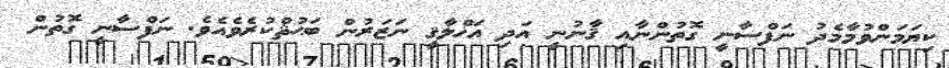
ކިޔަމަންވުމާމެދު ނަފްސާނީ ގޮތުންނާއި ޤާނުނީ އަދި އަޚްލާޤީ ނަޒަރުން ބަޙުޘްކުރެވެއެވެ. ނަފްސާނީ ގޮތުން